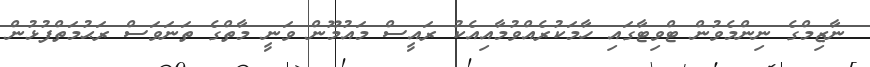
ނާޒިމްގެ ނިންމެވުން ޓްވިޓާގައި ހާމަކުރެއްވުމާއިއެކު ރައީސް މައުމޫން ވަނީ މާތްގެ ތަނަވަސް ރަޙުމަތްފުޅުން